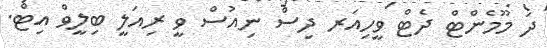
ދަ މޫމެންޓް ދެޓް ވީހިއަރ ދިސް ނިއުސް ވީ ރިއަލީ ބިލީވް އިޓް.